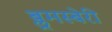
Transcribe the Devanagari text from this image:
ब्लूमस्बेरी